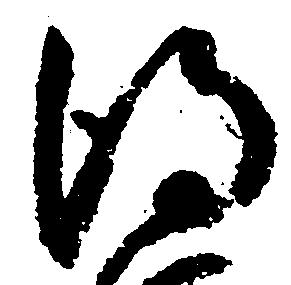
得